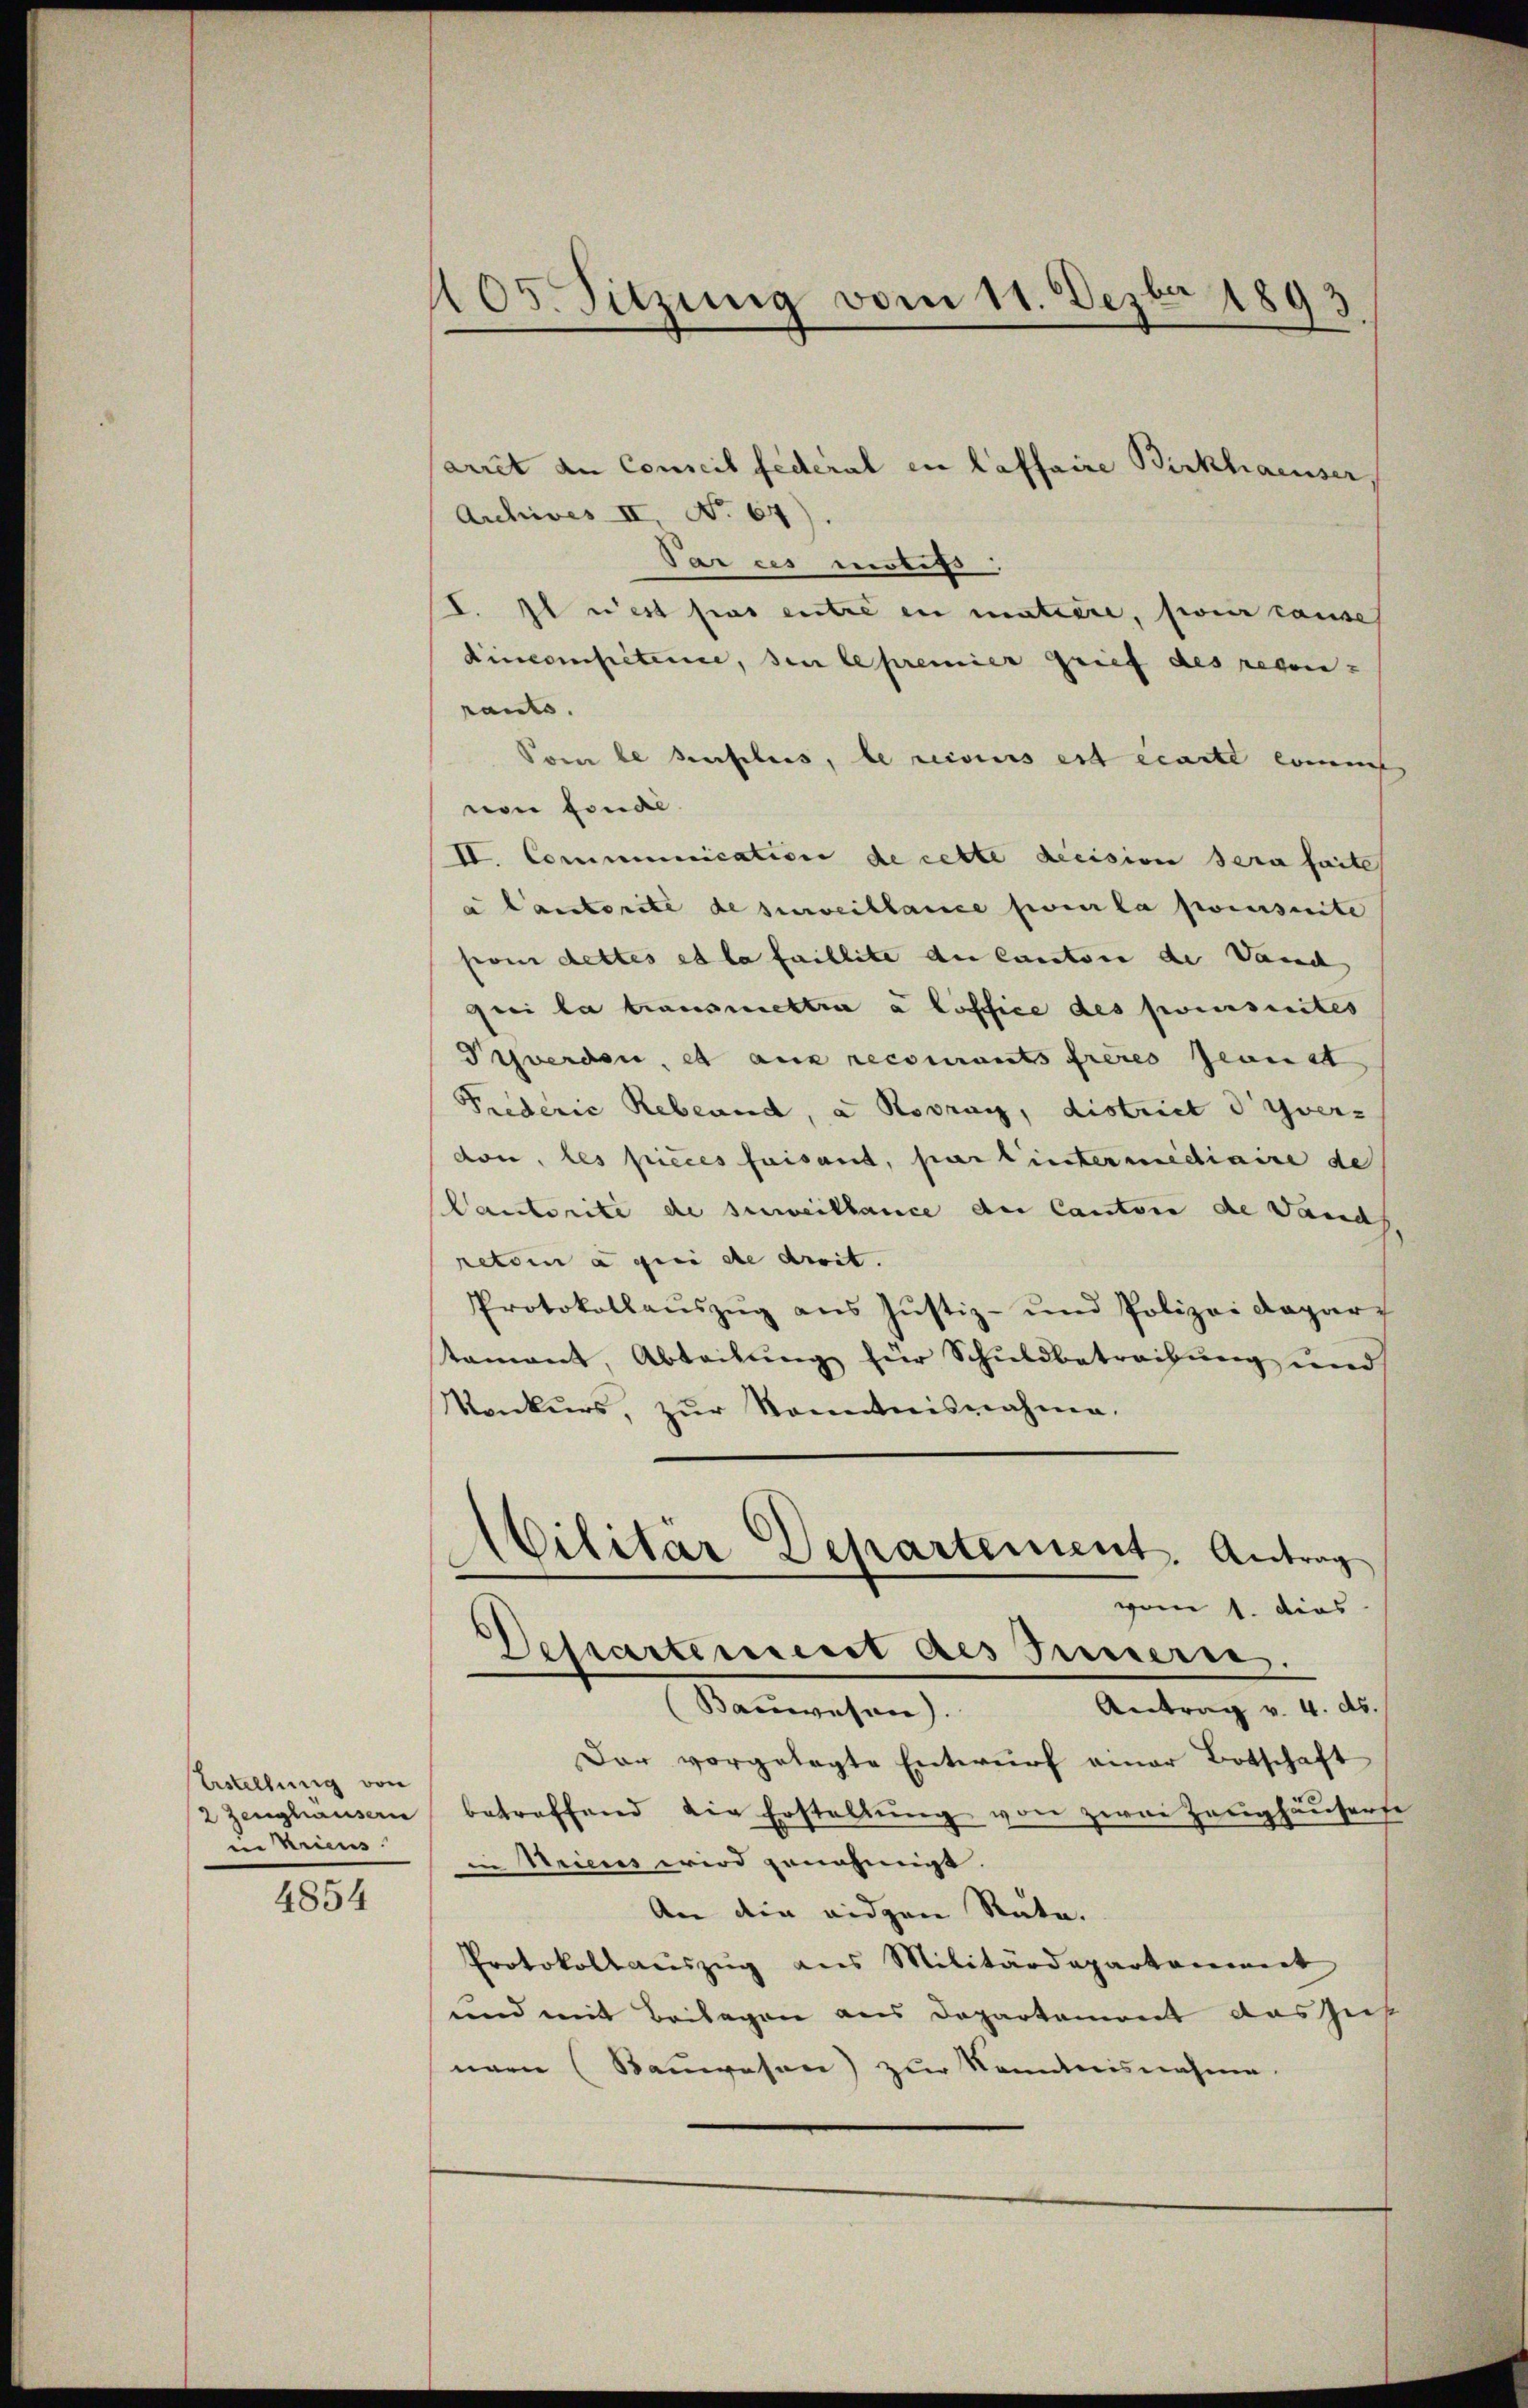
bestellung von
2 Zeughausern
i Kriens

4854

105. Sitzung vom 11. Dezbr 1893

arret an Conseil federal en laffaire Birkhaeuser
Archives II, No 67).
Par ces motifs.
I. Il est pas entre in matière, feier cause
dincompétence, den le premier grief des regen-
rants.
Von de sensches, le reisers est écarte konnt
non fonde
IV. Communication de cette decision sera faite
a Cantorite de surveillance pour la poursuite
pom cettes et la faillite der Cantone de Vand
Frei la transmettre à loffice des poursuites
Schwerden, et aux recourants frères Jeanst
Fiederie Rebeund, a Rovray, district d Yver-
don, les pieces faisant, par lintermidiaire de
Cantorité de serweillance der Cantone die Dands,
retien à qui de droit.
Protokollaŭszŭg ans Justiz- und Polizei Daparz
tament, Abteilung für Schuldbetreibung und
Konkurs, zŭr Kenntnisnahme.
Militär Departement. Antrag
vom 1. dies
Dessartement des Innern.
Antrag v. 4. ds.
(Bauwesen)
Dar vorgelegte Entwŭrf einer Botschaft
betreffend die Erstellŭng von zwei Zeughäuserse
in Wien wird genehmigt.
An die eidgen Rata.
Protokollauszug aus Militärdepartement
und mit Beilagen aus Departament das Zus
nern (Bauwesen) zur Kenntnisnahme